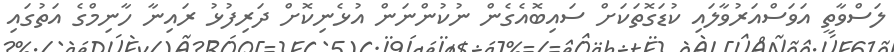
ލަސްވާތީ އަވަސްއަރުވާލައި ކުޑަގޮތަކަށް ސައިބޮއެގެން ނުކުންނަން އުޅެނިކޮށް ދަރިފުޅު ރައިނާ ހާނިމްގެ އަތުގައި